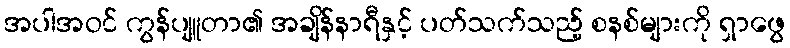
အပါအဝင် ကွန်ပျူတာ၏ အချိန်နာရီနှင့် ပတ်သက်သည့် စနစ်များကို ရှာဖွေ